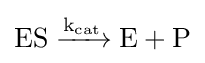
{\mathrm {ES} {}\mathrel {\xrightarrow {\mathrm {k} {\vphantom {A}}_{\smash[{t}]{\mathrm {cat} }}} } {}\mathrm {E} {}+{}\mathrm {P} }